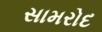
સામરોદ